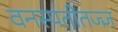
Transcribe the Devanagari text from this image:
वनस्पतीतज्ज्ञ